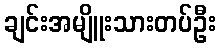
ချင်းအမျိူးသားတပ်ဦး